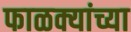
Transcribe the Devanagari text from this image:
फाळक्यांच्या